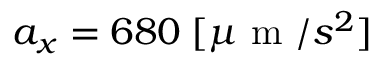
a _ { x } = 6 8 0 \; [ \mu \mathrm { ~ m ~ } / s ^ { 2 } ]